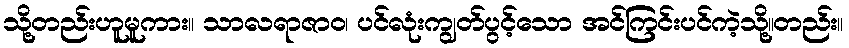
သို့တည်းဟူမူကား။ သာလရာဇာဝ၊ ပင်လုံးကျွတ်ပွင့်သော အင်ကြင်းပင်ကဲ့သို့။တည်း။